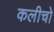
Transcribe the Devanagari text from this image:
कलीचो